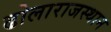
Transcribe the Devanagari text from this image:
ढोलाराजस्थान